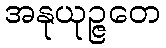
အနုယုဉ္ဇတေ